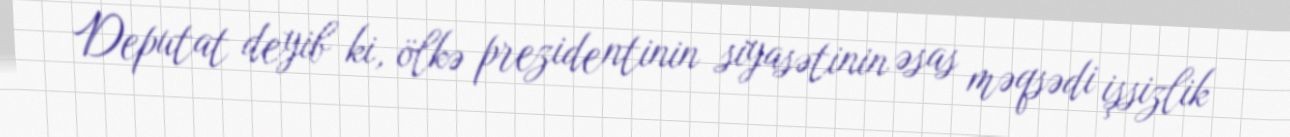
Deputat deyib ki, ölkə prezidentinin siyasətinin əsas məqsədi işsizlik